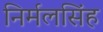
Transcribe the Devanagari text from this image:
निर्मलसिंह